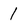
Character: 1